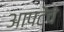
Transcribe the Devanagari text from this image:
आपटेंचे